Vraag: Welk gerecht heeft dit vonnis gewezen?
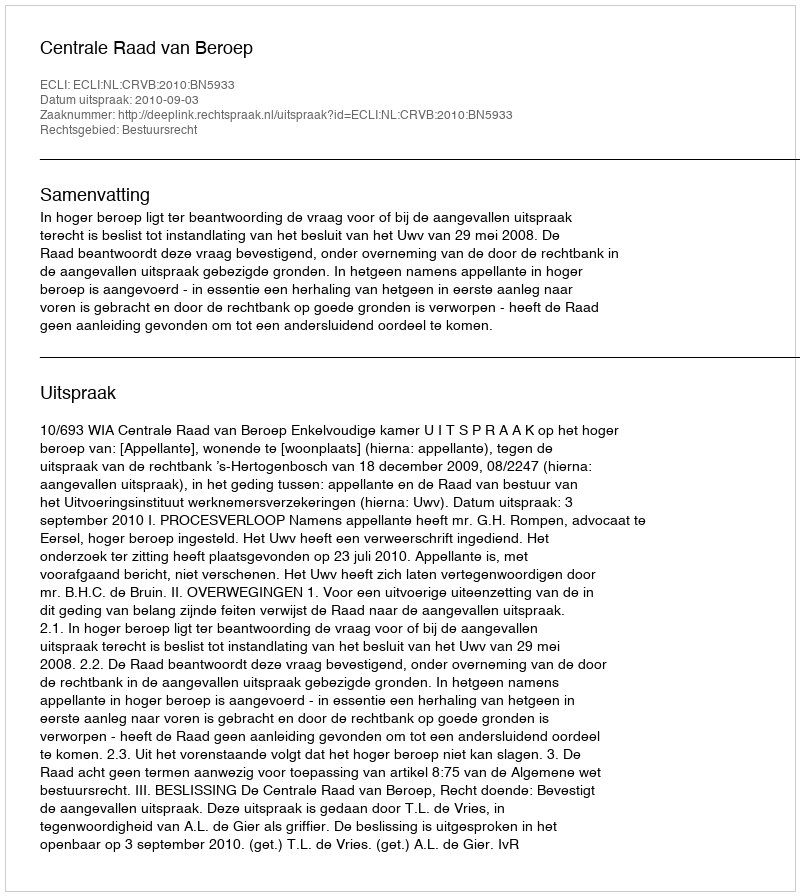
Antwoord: Centrale Raad van Beroep